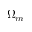
\Omega _ { m }